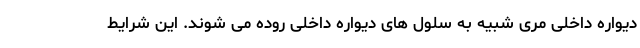
دیواره داخلی مری شبیه به سلول های دیواره داخلی روده می شوند. این شرایط